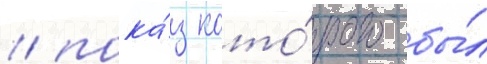
/ пока́з кото́рого бы́л